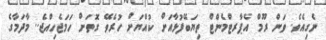
ނެގިއެވެ. ވަން ރޫމް އެޕާރޓްމެންޓް ތިޔަބޭފުޅާއަށް ކުއްޔަށް ހުރެވޭ ގޮތަށް ހަމަޖެހިއްޖެ.. މާދަމާގެ